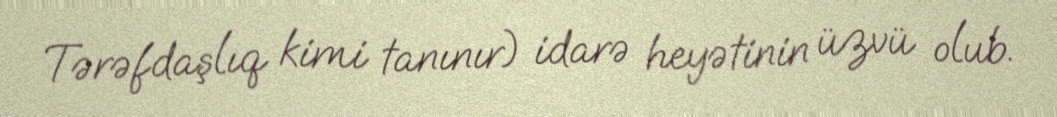
Tərəfdaşlıq kimi tanınır) idarə heyətinin üzvü olub.